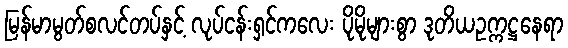
မြန်မာမွတ်စလင်တပ်နှင့် လုပ်ငန်းရှင်ကလေး ပိုမိုများစွာ ဒုတိယဥက္ကဋ္ဌနေရာ